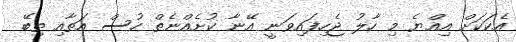
އެކަކަށް އިއްޔެ މި ހާލު ޖެހިފައިވަނީ އޭނާ ކުށެއްނެތް ހުސް އަތާއި ތިބޭ